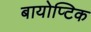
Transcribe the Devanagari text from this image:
बायोप्टिक